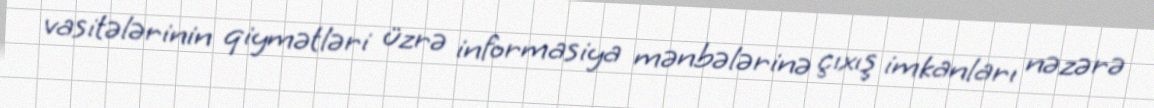
vasitələrinin qiymətləri üzrə informasiya mənbələrinə çıxış imkanları nəzərə